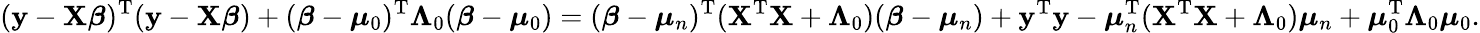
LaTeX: (\mathbf{y}-\mathbf{X}{\boldsymbol{\beta}})^{\mathrm{{T}}}(\mathbf{y}-\mathbf{X}{\boldsymbol{\beta}})+({\boldsymbol{\beta}}-{\boldsymbol{\mu}}_{0})^{\mathrm{{T}}}{\boldsymbol{\Lambda}}_{0}({\boldsymbol{\beta}}-{\boldsymbol{\mu}}_{0})=({\boldsymbol{\beta}}-{\boldsymbol{\mu}}_{n})^{\mathrm{{T}}}(\mathbf{X}^{\mathrm{{T}}}\mathbf{X}+{\boldsymbol{\Lambda}}_{0})({\boldsymbol{\beta}}-{\boldsymbol{\mu}}_{n})+\mathbf{y}^{\mathrm{{T}}}\mathbf{y}-{\boldsymbol{\mu}}_{n}^{\mathrm{{T}}}(\mathbf{X}^{\mathrm{{T}}}\mathbf{X}+{\boldsymbol{\Lambda}}_{0}){\boldsymbol{\mu}}_{n}+{\boldsymbol{\mu}}_{0}^{\mathrm{{T}}}{\boldsymbol{\Lambda}}_{0}{\boldsymbol{\mu}}_{0}.